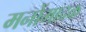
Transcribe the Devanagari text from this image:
मनोंमादक